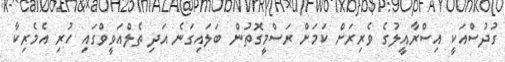
ގުދުސްއަކީ އިސްރާއީލުގެ ވެރިރަށް ކަމަށް ރަސްމީގޮތުން ބަލައިގަނެ އަދި ތެލްއަވީވްގައި ހުރި އެމެރިކާ